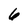
Character: 6